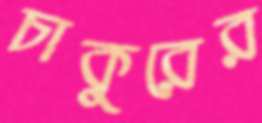
চাকুরের